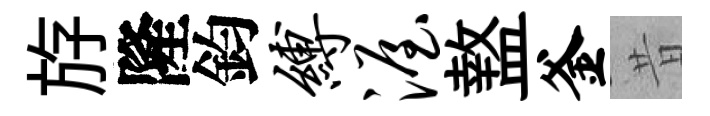
斿隆鈞缚渥盩釜昔